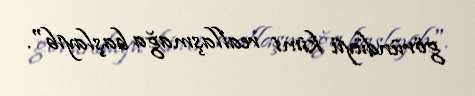
göründüyü kimi reallaşmağa başlayıb".